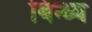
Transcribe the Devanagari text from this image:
बिन्ध्य